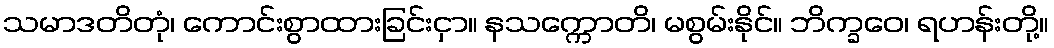
သမာဒတိတုံ၊ ကောင်းစွာထားခြင်းငှာ။ နသက္ကောတိ၊ မစွမ်းနိုင်။ ဘိက္ခဝေ၊ ရဟန်းတို့။